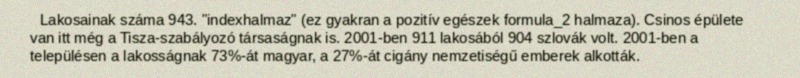
Lakosainak száma 943. "indexhalmaz" (ez gyakran a pozitív egészek formula_2 halmaza). Csinos épülete van itt még a Tisza-szabályozó társaságnak is. 2001-ben 911 lakosából 904 szlovák volt. 2001-ben a településen a lakosságnak 73%-át magyar, a 27%-át cigány nemzetiségű emberek alkották.